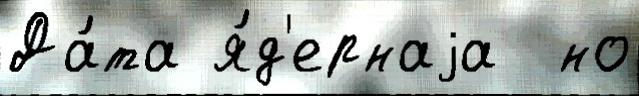
Да́та я́д'ернаjа  но